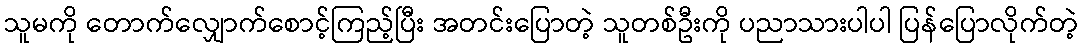
သူမကို တောက်လျှောက်စောင့်ကြည့်ပြီး အတင်းပြောတဲ့ သူတစ်ဦးကို ပညာသားပါပါ ပြန်ပြောလိုက်တဲ့